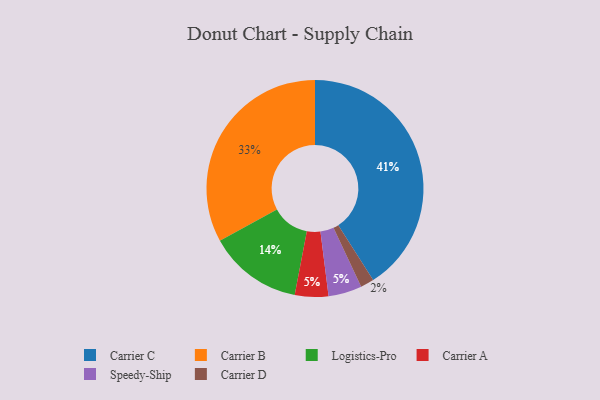
{"axis": {"x": "Category", "y": "Percentage"}, "legend": ["Carrier A", "Carrier B", "Carrier C", "Carrier D", "Logistics-Pro", "Speedy-Ship"], "data": [{"x": "Carrier B", "y": 33, "type": "Carrier B"}, {"x": "Carrier A", "y": 5, "type": "Carrier A"}, {"x": "Carrier D", "y": 2, "type": "Carrier D"}, {"x": "Logistics-Pro", "y": 14, "type": "Logistics-Pro"}, {"x": "Speedy-Ship", "y": 5, "type": "Speedy-Ship"}, {"x": "Carrier C", "y": 41, "type": "Carrier C"}]}